Annual returns of the Patna Lunatic Asylum at Bankipore in Bihar and Orissa - 1912-1924
Year: 1912
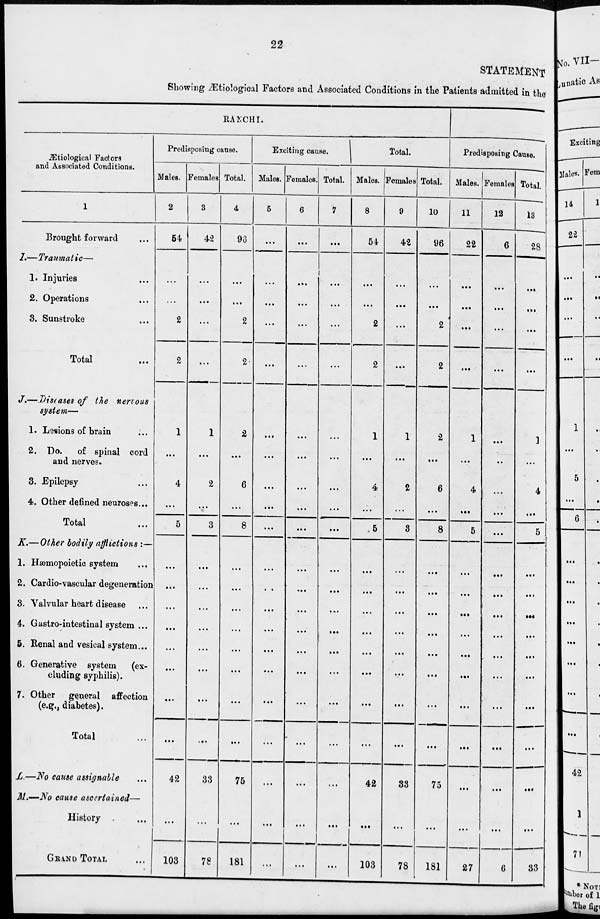
22
STATEMENT
Showing Ætiological Factors and Associated Conditions in the Patients admitted in the
Ætiological Factors
and Associated Conditions.
1
Brought forward ...
I.—Traumatic—
1. Injuries ...
2. Operations ...
3. Sunstroke ...
Total ...
J.—Diseases of the nervous
system—
1. Lesions of brain ...
2. Do.
of spinal cord
and nerves.
3. Epilepsy ...
4. Other defined neuroses...
Total ...
K.— Other bodily afflictions :—
1. Hæmopoietic system ...
2. Cardio-vascular degeneration
3. Valvular heart disease ...
4. Gastro-intestinal system ...
5. Renal and vesical system...
6. Generative system
(ex-
cluding syphilis).
7. Other general affection
(e.g., diabetes).
Total ...
L.—No cause assignable ...
M.—No cause ascertained—
History ...
GRAND TOTAL ...
RANCHI.
Predisposing cause.
Males.
2
54
...
...
2
2
1
...
4
...
5
...
...
...
...
...
...
...
...
42
...
103
Females.
3
42
...
...
...
...
1
...
2
...
3
...
...
...
...
...
...
...
...
33
...
78
Total.
4
96
...
...
2
2
2
...
6
...
8
...
...
...
...
...
...
...
...
75
...
181
Exciting cause.
Males.
5
...
...
...
...
...
...
...
...
...
...
...
. .
...
...
...
...
...
...
...
...
...
Females.
6
...
...
...
...
...
...
...
...
...
...
...
...
...
...
...
...
...
...
...
...
...
Total.
7
...
...
...
...
...
...
...
...
...
...
...
...
...
...
...
...
...
...
...
...
...
Total.
Males.
8
54
...
...
2
2
1
...
4
...
5
...
...
...
...
...
...
...
...
42
...
103
Females.
9
42
...
...
...
...
1
...
2
...
3
...
...
...
...
...
...
...
...
33
...
78
Total.
10
96
...
...
2
2
2
...
6
...
8
...
...
...
...
...
...
...
...
75
...
181
Predisposing Cause.
Males.
11
22
...
...
...
...
1
...
4
...
5
...
...
...
...
...
...
...
...
...
...
27
Females
12
6
...
...
...
...
...
...
...
...
...
...
...
...
...
...
...
...
...
...
...
6
Total.
13
28
...
...
...
...
1
...
4
...
5
...
...
...
...
...
...
...
...
...
...
33